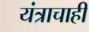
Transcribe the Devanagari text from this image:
यंत्राचाही